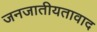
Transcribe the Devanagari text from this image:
जनजातीयतावाद